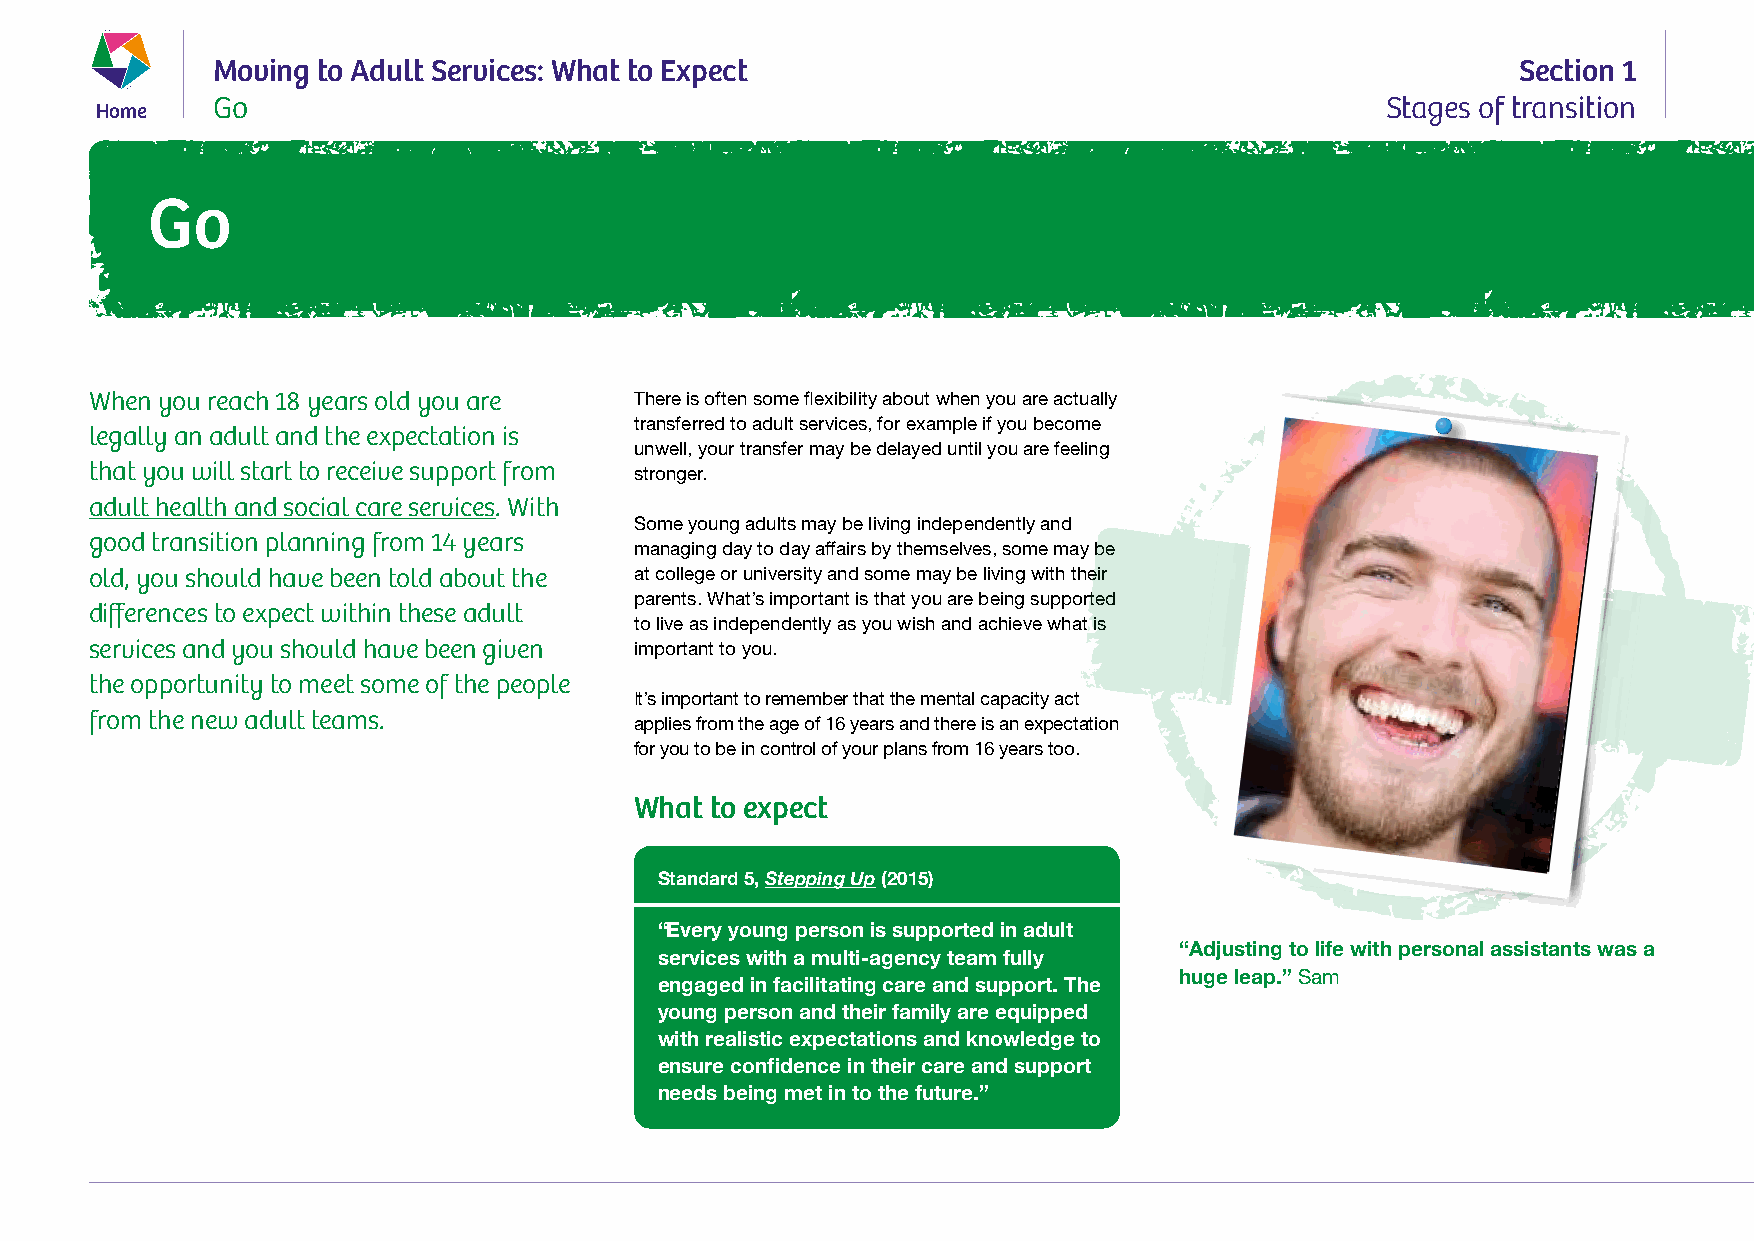
Moving to Adult Services: What to Expect                                               Section 1
 Home    Go                                                                            Stages of transition
 Go
 When you reach 18 years old you are There is often some flexibility about when you are actually
 transferred to adult services, for example if you become
 legally an adult and the expectation is
 unwell, your transfer may be delayed until you are feeling
 that you will start to receive support from stronger.
 adult health and social care services. With
 Some young adults may be living independently and
 good transition planning from 14 years
 managing day to day affairs by themselves, some may be
 old, you should have been told about the at college or university and some may be living with their
 parents. What’s important is that you are being supported
 differences to expect within these adult
 to live as independently as you wish and achieve what is
 services and you should have been given important to you.
 the opportunity to meet some of the people
 It’s important to remember that the mental capacity act
 from the new adult teams.
 applies from the age of 16 years and there is an expectation
 for you to be in control of your plans from 16 years too.
 What to expect
 Standard 5, Stepping Up (2015)
 “Every young person is supported in adult
 “Adjusting to life with personal assistants was a
 services with a multi-agency team fully
 huge leap.” Sam
 engaged in facilitating care and support. The
 young person and their family are equipped
 with realistic expectations and knowledge to
 ensure confidence in their care and support
 needs being met in to the future.”